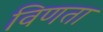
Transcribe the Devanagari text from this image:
विणता